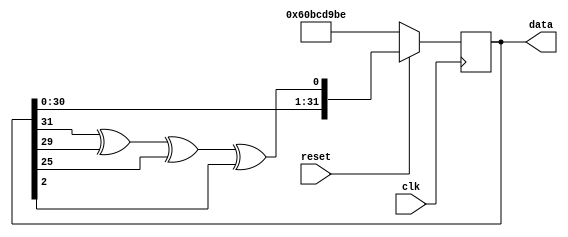
module lfsr_bit(data, clk, reset);
	output [31:0] data;
	input clk, reset;
	reg [31:0] data_next;
	
	//Initialize polynomial function for 32 bits
	wire feedback = data_next[31] ^ data_next[29] ^ data_next[25] ^ data_next[2]; 
	
	always @ (posedge clk)
	begin
		if (!reset)
			data_next <= 32'h60BCd9BE ; //An LFSR cannot have an all 0 state
		else
			data_next <= {data_next[30:0], feedback}; //shift left the xor'd every posedge clockgit 
	end

	assign data = data_next;	
endmodule

module lfsr(random_sequence, clk, reset, done_creating_sequence, enable);
	output [287:0] random_sequence;
	output done_creating_sequence;
	input clk, reset, enable;
	
	//Connect to random bit initializer	
	wire [31:0] seq;
	wire rand_bit = seq[0];
	lfsr_bit lfsr_bit(.data(seq), .clk(clk), .reset(reset));
	
	
	//Sample 256 clock cycles, with a new random bit every clock cycle

	reg [255:0] generated_seq;
	reg [8:0] counter;
	always @(posedge clk)
	begin
		if (!reset) begin
			counter <= 9'b111111111;
			generated_seq <= 256'b0;
		end
		else 
			if (enable) begin
				if (counter != 9'b000000000) begin
					generated_seq <= {generated_seq[254:0], rand_bit};
					counter <= counter - 1'b1;
				end
			end
	end
	assign done_creating_sequence = (counter == 0) ? 1'b1 : 1'b0;
	assign random_sequence = (counter == 0) ? {generated_seq, 32'b0} : 288'b0;
	
endmodule